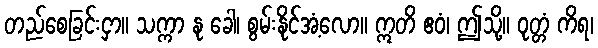
တည်စေခြင်းငှာ။ သက္ကာ နု ခေါ၊ စွမ်းနိုင်အံ့လော။ ဣတိ ဧဝံ၊ ဤသို့။ ဝုတ္တံ ကိရ၊